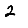
Digit: 2